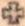
+